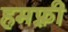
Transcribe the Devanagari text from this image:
हमफ़्री